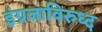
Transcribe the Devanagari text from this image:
इंग्रजाविरुध्द